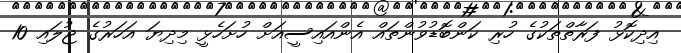
އިދިކޮޅު ފަރާތްތަކުގެ ހުރި ކަންބޮޑުވުންތައް އެންއައިސީއަށް ހުށަހެޅީ މިދިޔަ އަހަރުގެ ޖުލައި 10